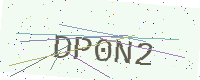
Text: DP0N2